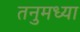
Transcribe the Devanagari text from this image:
तनुमध्या